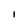
Character: 1